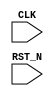
//
// Generated by Bluespec Compiler (build cd96b228)
//
// On Sun May 30 12:23:54 IST 2021
//
//
// Ports:
// Name                         I/O  size props
// CLK                            I     1 clock
// RST_N                          I     1 reset
//
// No combinational paths from inputs to outputs
//
//

`ifdef BSV_ASSIGNMENT_DELAY
`else
  `define BSV_ASSIGNMENT_DELAY
`endif

`ifdef BSV_POSITIVE_RESET
  `define BSV_RESET_VALUE 1'b1
  `define BSV_RESET_EDGE posedge
`else
  `define BSV_RESET_VALUE 1'b0
  `define BSV_RESET_EDGE negedge
`endif

module mkTestBench(CLK,
		   RST_N);
  input  CLK;
  input  RST_N;

  // register counter_counter
  reg [3 : 0] counter_counter;
  reg [3 : 0] counter_counter$D_IN;
  wire counter_counter$EN;

  // register flag1
  reg flag1;
  wire flag1$D_IN, flag1$EN;

  // register flag2
  reg flag2;
  wire flag2$D_IN, flag2$EN;

  // register step
  reg [31 : 0] step;
  reg [31 : 0] step$D_IN;
  wire step$EN;

  // rule scheduling signals
  wire WILL_FIRE_RL_r4, WILL_FIRE_RL_r5, WILL_FIRE_RL_r6;

  // inputs to muxes for submodule ports
  wire [3 : 0] MUX_counter_counter$write_1__VAL_1,
	       MUX_counter_counter$write_1__VAL_2,
	       MUX_counter_counter$write_1__VAL_3,
	       MUX_counter_counter$write_1__VAL_4,
	       MUX_counter_counter$write_1__VAL_5,
	       MUX_counter_counter$write_1__VAL_6;
  wire MUX_counter_counter$write_1__SEL_1;

  // remaining internal signals
  wire [4 : 0] SEXT_counter_counter_PLUS_24___d27,
	       SEXT_counter_counter_PLUS_25___d20,
	       SEXT_counter_counter_PLUS_28___d48,
	       SEXT_counter_counter_PLUS_2___d5,
	       SEXT_counter_counter_PLUS_4___d37,
	       SEXT_counter_counter_PLUS_7___d13,
	       SEXT_counter_counter____d4;

  // rule RL_r4
  assign WILL_FIRE_RL_r4 = step == 32'd4 && !flag1 ;

  // rule RL_r5
  assign WILL_FIRE_RL_r5 = step == 32'd4 && !flag2 && !WILL_FIRE_RL_r4 ;

  // rule RL_r6
  assign WILL_FIRE_RL_r6 = step == 32'd4 && flag1 && flag2 ;

  // inputs to muxes for submodule ports
  assign MUX_counter_counter$write_1__SEL_1 =
	     WILL_FIRE_RL_r5 || step == 32'd1 ;
  assign MUX_counter_counter$write_1__VAL_1 =
	     ((SEXT_counter_counter_PLUS_7___d13 ^ 5'h10) <= 5'd23) ?
	       (((SEXT_counter_counter_PLUS_7___d13 ^ 5'h10) < 5'd8) ?
		  4'd8 :
		  SEXT_counter_counter_PLUS_7___d13[3:0]) :
	       4'd7 ;
  assign MUX_counter_counter$write_1__VAL_2 =
	     ((SEXT_counter_counter_PLUS_2___d5 ^ 5'h10) <= 5'd23) ?
	       (((SEXT_counter_counter_PLUS_2___d5 ^ 5'h10) < 5'd8) ?
		  4'd8 :
		  SEXT_counter_counter_PLUS_2___d5[3:0]) :
	       4'd7 ;
  assign MUX_counter_counter$write_1__VAL_3 =
	     ((SEXT_counter_counter_PLUS_25___d20 ^ 5'h10) <= 5'd23) ?
	       (((SEXT_counter_counter_PLUS_25___d20 ^ 5'h10) < 5'd8) ?
		  4'd8 :
		  SEXT_counter_counter_PLUS_25___d20[3:0]) :
	       4'd7 ;
  assign MUX_counter_counter$write_1__VAL_4 =
	     ((SEXT_counter_counter_PLUS_24___d27 ^ 5'h10) <= 5'd23) ?
	       (((SEXT_counter_counter_PLUS_24___d27 ^ 5'h10) < 5'd8) ?
		  4'd8 :
		  SEXT_counter_counter_PLUS_24___d27[3:0]) :
	       4'd7 ;
  assign MUX_counter_counter$write_1__VAL_5 =
	     ((SEXT_counter_counter_PLUS_4___d37 ^ 5'h10) <= 5'd23) ?
	       (((SEXT_counter_counter_PLUS_4___d37 ^ 5'h10) < 5'd8) ?
		  4'd8 :
		  SEXT_counter_counter_PLUS_4___d37[3:0]) :
	       4'd7 ;
  assign MUX_counter_counter$write_1__VAL_6 =
	     ((SEXT_counter_counter_PLUS_28___d48 ^ 5'h10) <= 5'd23) ?
	       (((SEXT_counter_counter_PLUS_28___d48 ^ 5'h10) < 5'd8) ?
		  4'd8 :
		  SEXT_counter_counter_PLUS_28___d48[3:0]) :
	       4'd7 ;

  // register counter_counter
  always@(MUX_counter_counter$write_1__SEL_1 or
	  MUX_counter_counter$write_1__VAL_1 or
	  step or
	  MUX_counter_counter$write_1__VAL_2 or
	  MUX_counter_counter$write_1__VAL_3 or
	  MUX_counter_counter$write_1__VAL_4 or
	  WILL_FIRE_RL_r4 or
	  MUX_counter_counter$write_1__VAL_5 or
	  WILL_FIRE_RL_r6 or MUX_counter_counter$write_1__VAL_6)
  begin
    case (1'b1) // synopsys parallel_case
      MUX_counter_counter$write_1__SEL_1:
	  counter_counter$D_IN = MUX_counter_counter$write_1__VAL_1;
      step == 32'd0:
	  counter_counter$D_IN = MUX_counter_counter$write_1__VAL_2;
      step == 32'd2:
	  counter_counter$D_IN = MUX_counter_counter$write_1__VAL_3;
      step == 32'd3:
	  counter_counter$D_IN = MUX_counter_counter$write_1__VAL_4;
      WILL_FIRE_RL_r4:
	  counter_counter$D_IN = MUX_counter_counter$write_1__VAL_5;
      WILL_FIRE_RL_r6:
	  counter_counter$D_IN = MUX_counter_counter$write_1__VAL_6;
      default: counter_counter$D_IN = 4'b1010 /* unspecified value */ ;
    endcase
  end
  assign counter_counter$EN =
	     WILL_FIRE_RL_r5 || step == 32'd1 || step == 32'd0 ||
	     step == 32'd2 ||
	     step == 32'd3 ||
	     WILL_FIRE_RL_r4 ||
	     WILL_FIRE_RL_r6 ;

  // register flag1
  assign flag1$D_IN = 1'd1 ;
  assign flag1$EN = WILL_FIRE_RL_r4 ;

  // register flag2
  assign flag2$D_IN = 1'd1 ;
  assign flag2$EN = WILL_FIRE_RL_r5 ;

  // register step
  always@(step)
  begin
    case (1'b1) // synopsys parallel_case
      step == 32'd0: step$D_IN = 32'd1;
      step == 32'd1: step$D_IN = 32'd2;
      step == 32'd2: step$D_IN = 32'd3;
      step == 32'd3: step$D_IN = 32'd4;
      default: step$D_IN = 32'hAAAAAAAA /* unspecified value */ ;
    endcase
  end
  assign step$EN =
	     step == 32'd0 || step == 32'd1 || step == 32'd2 ||
	     step == 32'd3 ;

  // remaining internal signals
  assign SEXT_counter_counter_PLUS_24___d27 =
	     SEXT_counter_counter____d4 + 5'd24 ;
  assign SEXT_counter_counter_PLUS_25___d20 =
	     SEXT_counter_counter____d4 + 5'd25 ;
  assign SEXT_counter_counter_PLUS_28___d48 =
	     SEXT_counter_counter____d4 + 5'd28 ;
  assign SEXT_counter_counter_PLUS_2___d5 =
	     SEXT_counter_counter____d4 + 5'd2 ;
  assign SEXT_counter_counter_PLUS_4___d37 =
	     SEXT_counter_counter____d4 + 5'd4 ;
  assign SEXT_counter_counter_PLUS_7___d13 =
	     SEXT_counter_counter____d4 + 5'd7 ;
  assign SEXT_counter_counter____d4 =
	     { counter_counter[3], counter_counter } ;

  // handling of inlined registers

  always@(posedge CLK)
  begin
    if (RST_N == `BSV_RESET_VALUE)
      begin
        counter_counter <= `BSV_ASSIGNMENT_DELAY 4'd0;
	flag1 <= `BSV_ASSIGNMENT_DELAY 1'd0;
	flag2 <= `BSV_ASSIGNMENT_DELAY 1'd0;
	step <= `BSV_ASSIGNMENT_DELAY 32'd0;
      end
    else
      begin
        if (counter_counter$EN)
	  counter_counter <= `BSV_ASSIGNMENT_DELAY counter_counter$D_IN;
	if (flag1$EN) flag1 <= `BSV_ASSIGNMENT_DELAY flag1$D_IN;
	if (flag2$EN) flag2 <= `BSV_ASSIGNMENT_DELAY flag2$D_IN;
	if (step$EN) step <= `BSV_ASSIGNMENT_DELAY step$D_IN;
      end
  end

  // synopsys translate_off
  `ifdef BSV_NO_INITIAL_BLOCKS
  `else // not BSV_NO_INITIAL_BLOCKS
  initial
  begin
    counter_counter = 4'hA;
    flag1 = 1'h0;
    flag2 = 1'h0;
    step = 32'hAAAAAAAA;
  end
  `endif // BSV_NO_INITIAL_BLOCKS
  // synopsys translate_on

  // handling of system tasks

  // synopsys translate_off
  always@(negedge CLK)
  begin
    #0;
    if (RST_N != `BSV_RESET_VALUE)
      if (step == 32'd0) $display($signed(counter_counter));
    if (RST_N != `BSV_RESET_VALUE)
      if (step == 32'd1) $display($signed(counter_counter));
    if (RST_N != `BSV_RESET_VALUE)
      if (step == 32'd2) $display($signed(counter_counter));
    if (RST_N != `BSV_RESET_VALUE)
      if (step == 32'd3) $display($signed(counter_counter));
    if (RST_N != `BSV_RESET_VALUE)
      if (WILL_FIRE_RL_r4) $display($signed(counter_counter));
    if (RST_N != `BSV_RESET_VALUE)
      if (WILL_FIRE_RL_r5) $display($signed(counter_counter));
    if (RST_N != `BSV_RESET_VALUE)
      if (WILL_FIRE_RL_r6) $display($signed(counter_counter));
    if (RST_N != `BSV_RESET_VALUE) if (WILL_FIRE_RL_r6) $finish(32'd1);
  end
  // synopsys translate_on
endmodule  // mkTestBench